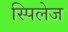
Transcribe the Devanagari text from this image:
स्पिलेज